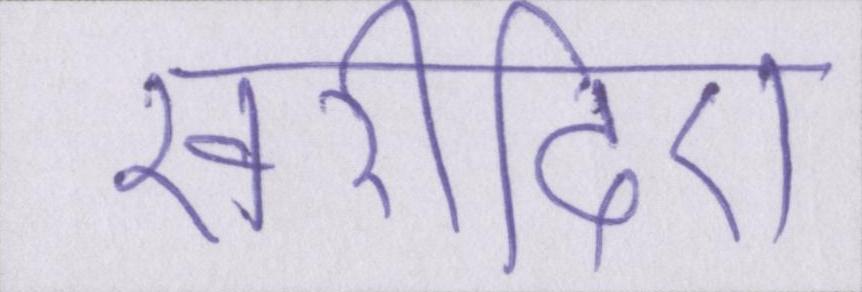
खरीदिए